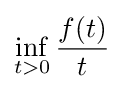
\inf _{t>0}{\frac {f(t)}{t}}